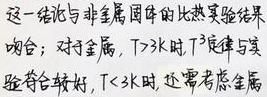
这一结论与非金属固体的比热实验结果吻合；对于金属，$T \gg k$ 时，$T^{3}$ 定律与实验符合较好，$T \ll k$ 时，还需考虑金属